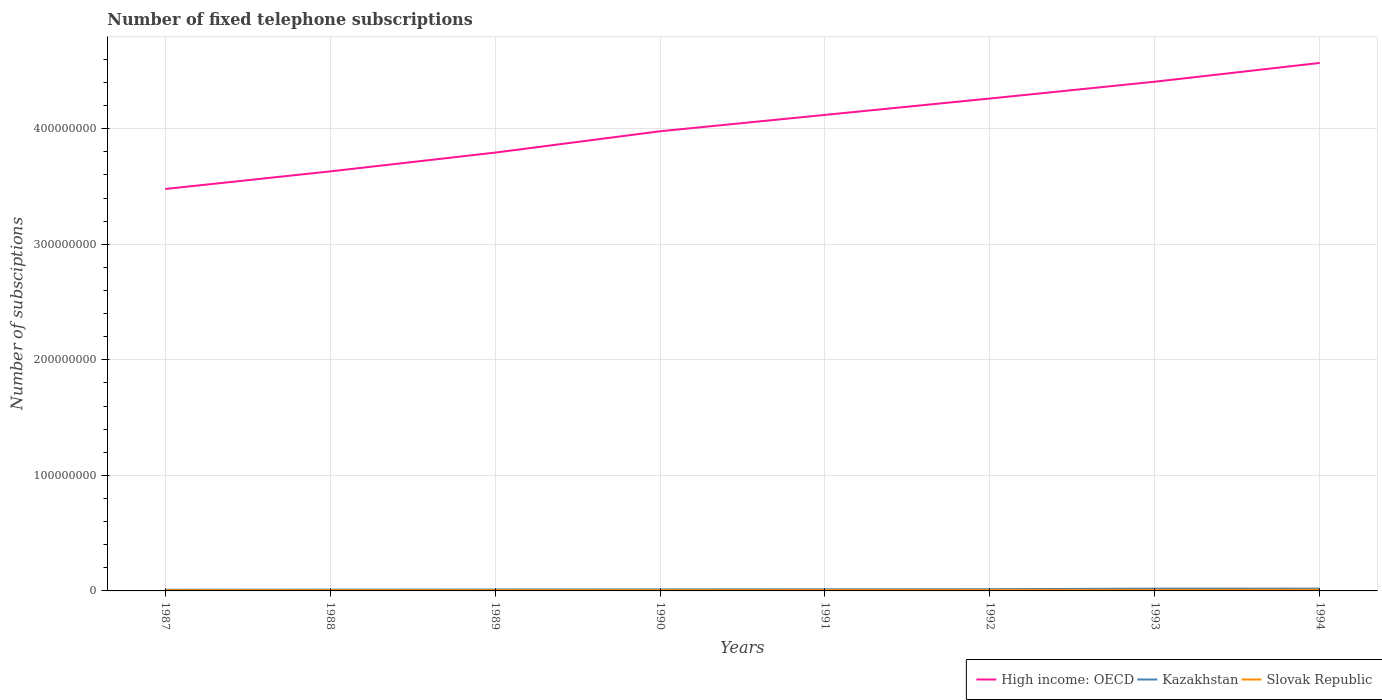
| Years | High income: OECD | Kazakhstan | Slovak Republic |
 | --- | --- | --- | --- |
 | 1987 | 3.48e+08 | 1.02e+06 | 5.94e+05 |
 | 1988 | 3.63e+08 | 1.12e+06 | 6.29e+05 |
 | 1989 | 3.79e+08 | 1.23e+06 | 6.69e+05 |
 | 1990 | 3.98e+08 | 1.33e+06 | 7.11e+05 |
 | 1991 | 4.12e+08 | 1.43e+06 | 7.59e+05 |
 | 1992 | 4.26e+08 | 1.49e+06 | 8.21e+05 |
 | 1993 | 4.41e+08 | 1.98e+06 | 8.93e+05 |
 | 1994 | 4.57e+08 | 1.99e+06 | 1e+06 |